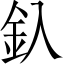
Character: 釞